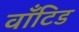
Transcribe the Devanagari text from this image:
वाँटिड